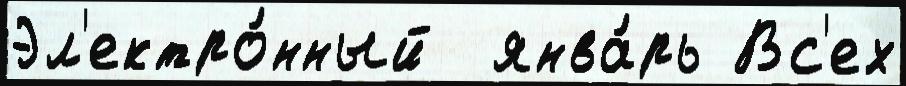
Эл'ектро́нный  янва́рь Вс'ех